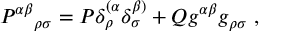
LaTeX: { P ^ { \alpha \beta } } _ { \rho \sigma } = P \delta _ { \rho } ^ { ( \alpha } \delta _ { \sigma } ^ { \beta ) } + Q g ^ { \alpha \beta } g _ { \rho \sigma } \ ,